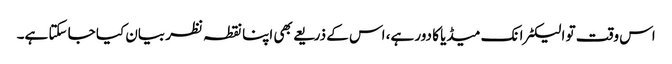
اس وقت تو الیکٹرانک میڈیا کا دور ہے، اس کے ذریعے بھی اپنا نقطہ نظر بیان کیا جا سکتا ہے۔